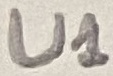
Text: U1